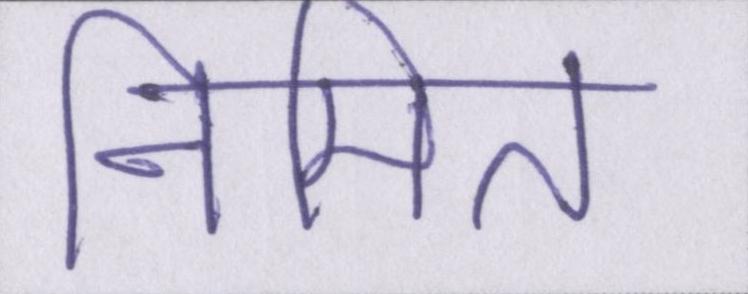
निमित्त